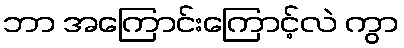
ဘာ အကြောင်းကြောင့်လဲ ကွာ